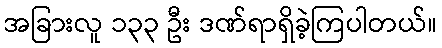
အခြားလူ ၁၃၃ ဦး ဒဏ်ရာရှိခဲ့ကြပါတယ်။